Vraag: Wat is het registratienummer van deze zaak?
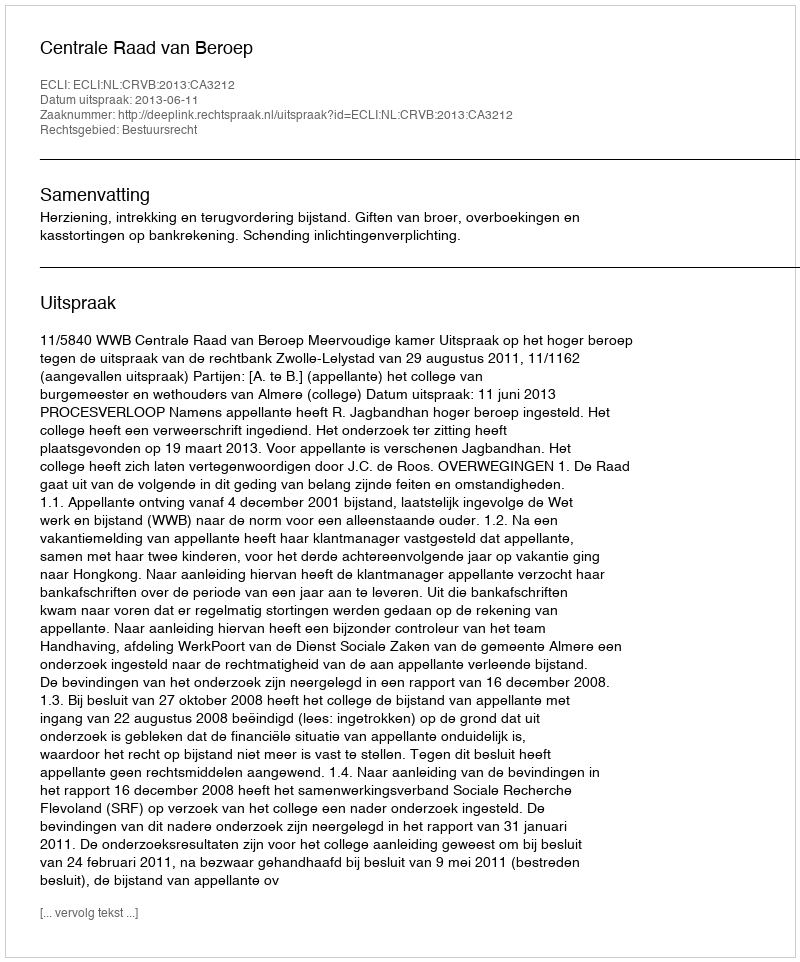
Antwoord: http://deeplink.rechtspraak.nl/uitspraak?id=ECLI:NL:CRVB:2013:CA3212